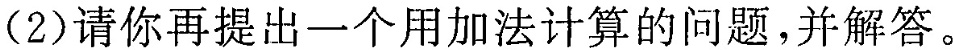
(2)请你再提出一个用加法计算的问题，并解答。